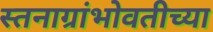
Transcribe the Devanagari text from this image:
स्तनाग्रांभोवतीच्या